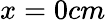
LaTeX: x=0cm